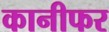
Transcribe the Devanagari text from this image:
कानीफर